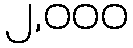
၂,၀၀၀